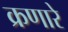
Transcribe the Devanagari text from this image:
क्रणारे